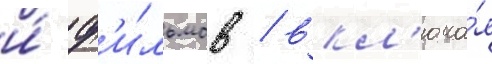
и́ ф'и́льмов / вкл'юча́я